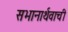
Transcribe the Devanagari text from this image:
सभानार्थवाची